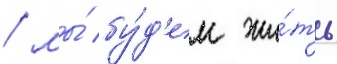
/ мы́ бу́д'ем жи́ть